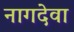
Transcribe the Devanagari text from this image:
नागदेवा